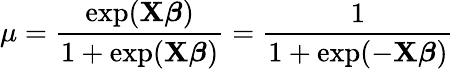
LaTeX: \mu={\frac{\exp(\mathbf{X}{\boldsymbol{\beta}})}{1+\exp(\mathbf{X}{\boldsymbol{\beta}})}}={\frac{1}{1+\exp(-\mathbf{X}{\boldsymbol{\beta}})}}\,